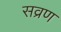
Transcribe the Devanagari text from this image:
सव्रण